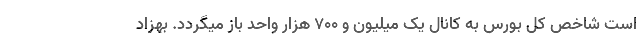
است شاخص کل بورس به کانال یک میلیون و ۷۰۰ هزار واحد باز میگردد. بهزاد